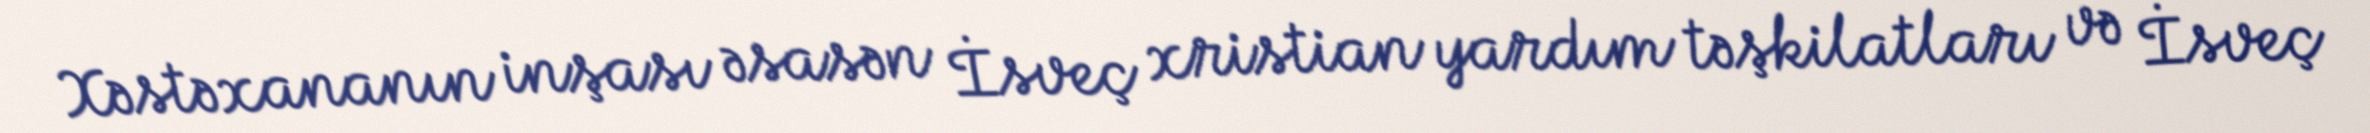
Xəstəxananın inşası əsasən İsveç xristian yardım təşkilatları və İsveç